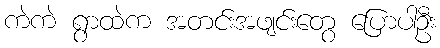
ကဲကဲ ရွာထဲက အတင်းအဖျင်းတွေ ပြောပါဦး